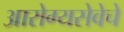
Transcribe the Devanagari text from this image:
आरोग्यसेवेचे